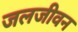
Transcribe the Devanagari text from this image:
जलजीवन